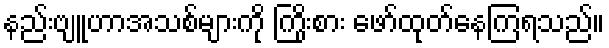
နည်းဗျူဟာအသစ်များကို ကြိုးစား ဖော်ထုတ်နေကြရသည်။